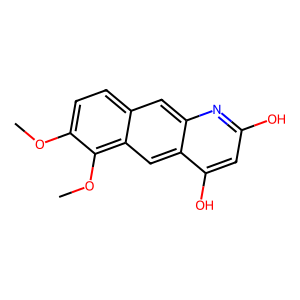
SMILES: COc1ccc2cc3nc(O)cc(O)c3cc2c1OC
Inhibits HIV replication: No